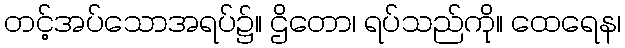
တင့်အပ်သောအရပ်၌။ ဌိတော၊ ရပ်သည်ကို။ ထေရေန၊